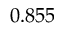
0 . 8 5 5